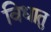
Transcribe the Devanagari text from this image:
विधातु